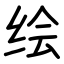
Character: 绘